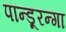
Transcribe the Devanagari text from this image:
पान्डूरन्गा